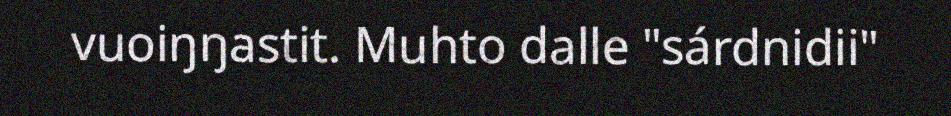
vuoiŋŋastit. Muhto dalle "sárdnidii"